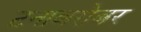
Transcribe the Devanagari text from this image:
टनाबरोबर